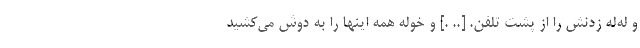
و له‌له زدنش را از پشت تلفن. [.. .] و خوله همه اينها را به دوش مي‌كشيد